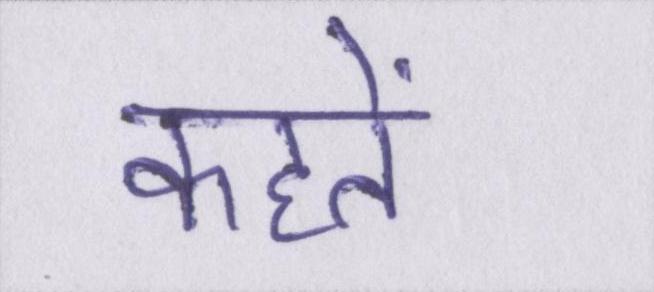
कहतें